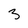
Character: 3